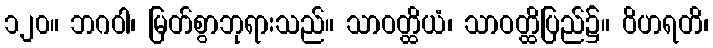
၁၂၀။ ဘဂဝါ၊ မြတ်စွာဘုရားသည်။ သာဝတ္ထိယံ၊ သာဝတ္ထိပြည်၌။ ဝိဟရတိ၊